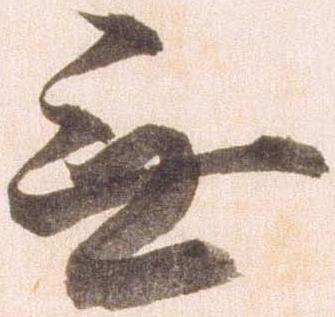
無